Cholera in southern India
Disease focus: Cholera
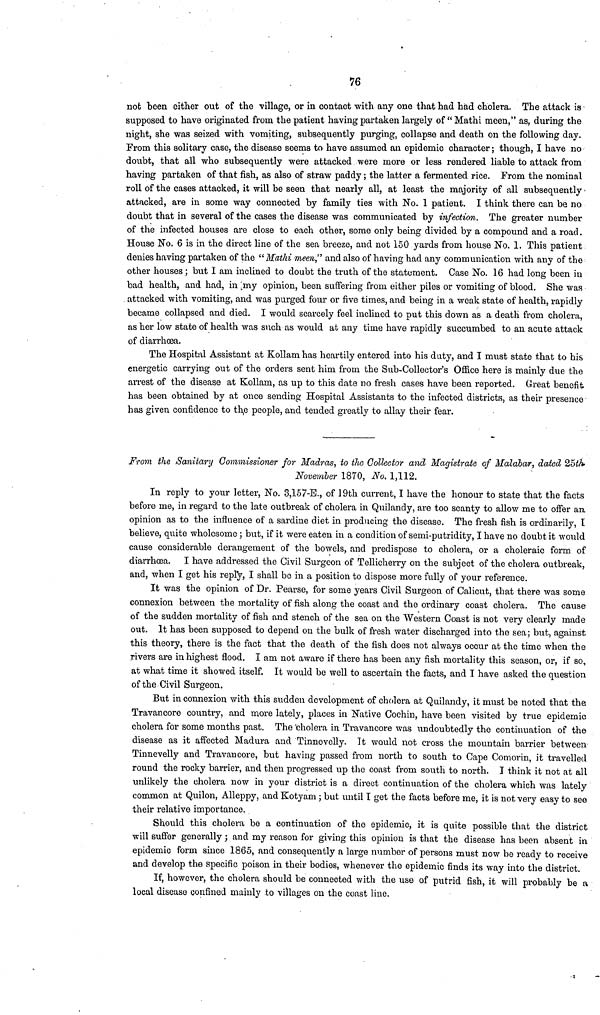
76
not been either out of the village, or in contact with any one that had had cholera. The attack is
supposed to have originated from the patient having partaken largely of "Mathi meen," as, during the
night, she was seized with vomiting, subsequently purging, collapse and death on the following day.
From this solitary case, the disease seems to have assumed an epidemic character ; though, I have no
doubt, that all who subsequently were attacked were more or less rendered liable to attack from
having partaken of that fish, as also of straw paddy ; the latter a fermented rice. From the nominal
roll of the cases attacked, it will be seen that nearly all, at least the majority of all subsequently •
attacked, are in some way connected by family ties with No. 1 patient. I think there can be no
doubt that in several of the cases the disease was communicated by infection. The greater number
of the infected houses are close to each other, some only being divided by a compound and a road.
House No. 6 is in the direct line of the sea breeze, and not 150 yards from house No. 1. This patient
denies having partaken of the "Mathi meen," and also of having had any communication with any of the
other houses; but I am inclined to doubt the truth of the statement. Case No. 16 had long been in
bad health, and had, in my opinion, been suffering from either piles or vomiting of blood. She was
attacked with vomiting, and was purged four or five times, and being in a weak state of health, rapidly
became collapsed and died. I would scarcely feel inclined to put this down as a death from cholera,
as her low state of health was such as would at any time have rapidly succumbed to an acute attack
of diarrhoea.
The Hospital Assistant at Kollam has heartily entered into his duty, and I must state that to his
energetic carrying out of the orders sent him from the Sub-Collector's Office here is mainly due the
arrest of the disease at Kollam, as up to this date no fresh cases have been reported. Great benefit
has been obtained by at once sending Hospital Assistants to the infected districts, as their presence
has given confidence to the people, and tended greatly to allay their fear.
From the Sanitary Commissioner for Madras, to the Collector and Magistrate of Malabar, dated 25th
November 1870, No. 1,112.
In reply to your letter, No. 3, 157-E., of 19th current, I have the honour to state that the facts
before me, in regard to the late outbreak of cholera in Quilandy, are too scanty to allow me to offer an
opinion as to the influence of a sardine diet in producing the disease. The fresh fish is ordinarily, I
believe, quite wholesome ; but, if it were eaten in a condition of semi-putridity, I have no doubt it would
cause considerable derangement of the bowels, and predispose to cholera, or a choleraic form of
diarrhoea. I have addressed the Civil Surgeon of Tellicherry on the subject of the cholera outbreak,
and, when I get his reply, I shall be in a position to dispose more fully of your reference.
It was the opinion of Dr. Pearse, for some years Civil Surgeon of Calicut, that there was some
connexion between the mortality of fish along the coast and the ordinary coast cholera. The cause
of the sudden mortality of fish and stench of the sea on the Western Coast is not very clearly made
out. It has been supposed to depend on the bulk of fresh water discharged into the sea; but, against
this theory, there is the fact that the death of the fish does not always occur at the time when the
rivers are in highest flood. I am not aware if there has been any fish mortality this season, or, if so,
at what time it showed itself. It would be well to ascertain the facts, and I have asked the question
of the Civil Surgeon.
But in connexion with this sudden development of cholera at Quilandy, it must be noted that the
Travancore country, and more lately, places in Native Cochin, have been visited by true epidemic
cholera for some months past. The 'cholera in Travancore was undoubtedly the continuation of the
disease as it affected Madura and Tinnevelly. It would not cross the mountain barrier between
Tinnevelly and Travancore, but having passed from north to south to Cape Comorin, it travelled
round the rocky barrier, and then progressed up the coast from south to north. I think it not at all
unlikely the cholera now in your district is a direct continuation of the cholera which was lately
common at Quilon, Alleppy, and Kotyam ; but until I get the facts before me, it is not very easy to see
their relative importance.
Should this cholera be a continuation of the epidemic, it is quite possible that the district
will suffer generally ; and my reason for giving this opinion is that the disease has been absent in
epidemic form since 1865, and consequently a large number of persons must now be ready to receive
and develop the specific poison in their bodies, whenever the epidemic finds its way into the district.
If, however, the cholera should be connected with the use of putrid fish, it will probably be a
local disease confined mainly to villages on the coast line,